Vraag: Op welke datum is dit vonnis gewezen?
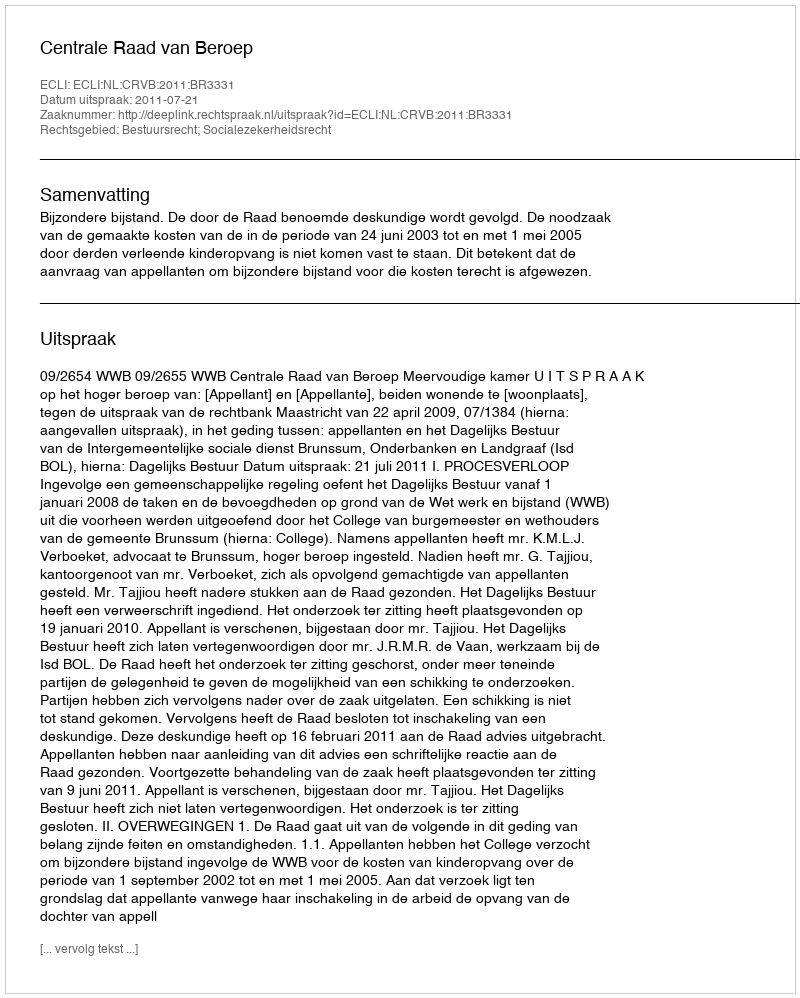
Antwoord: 2011-07-21